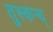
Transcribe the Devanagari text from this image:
तुस्कन्य्